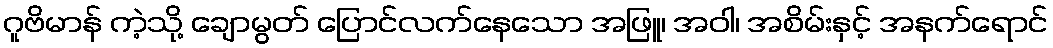
ဂူဗိမာန် ကဲ့သို့ ချောမွတ် ပြောင်လက်နေသော အဖြူ၊ အဝါ၊ အစိမ်းနှင့် အနက်ရောင်